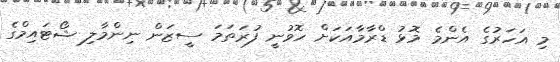
މި އަހަރުގެ އެންމެ މޮޅު ޑްރާމާއަކަށް ހޮވުނީ ފުރަތަމަ ސީޒަން ނިންމާލި ޝޯޓައިމްގެ